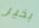
بخير